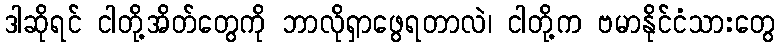
ဒါဆိုရင် ငါတို့အိတ်တွေကို ဘာလိုရှာဖွေရတာလဲ၊ ငါတို့က ဗမာနိုင်ငံသားတွေ